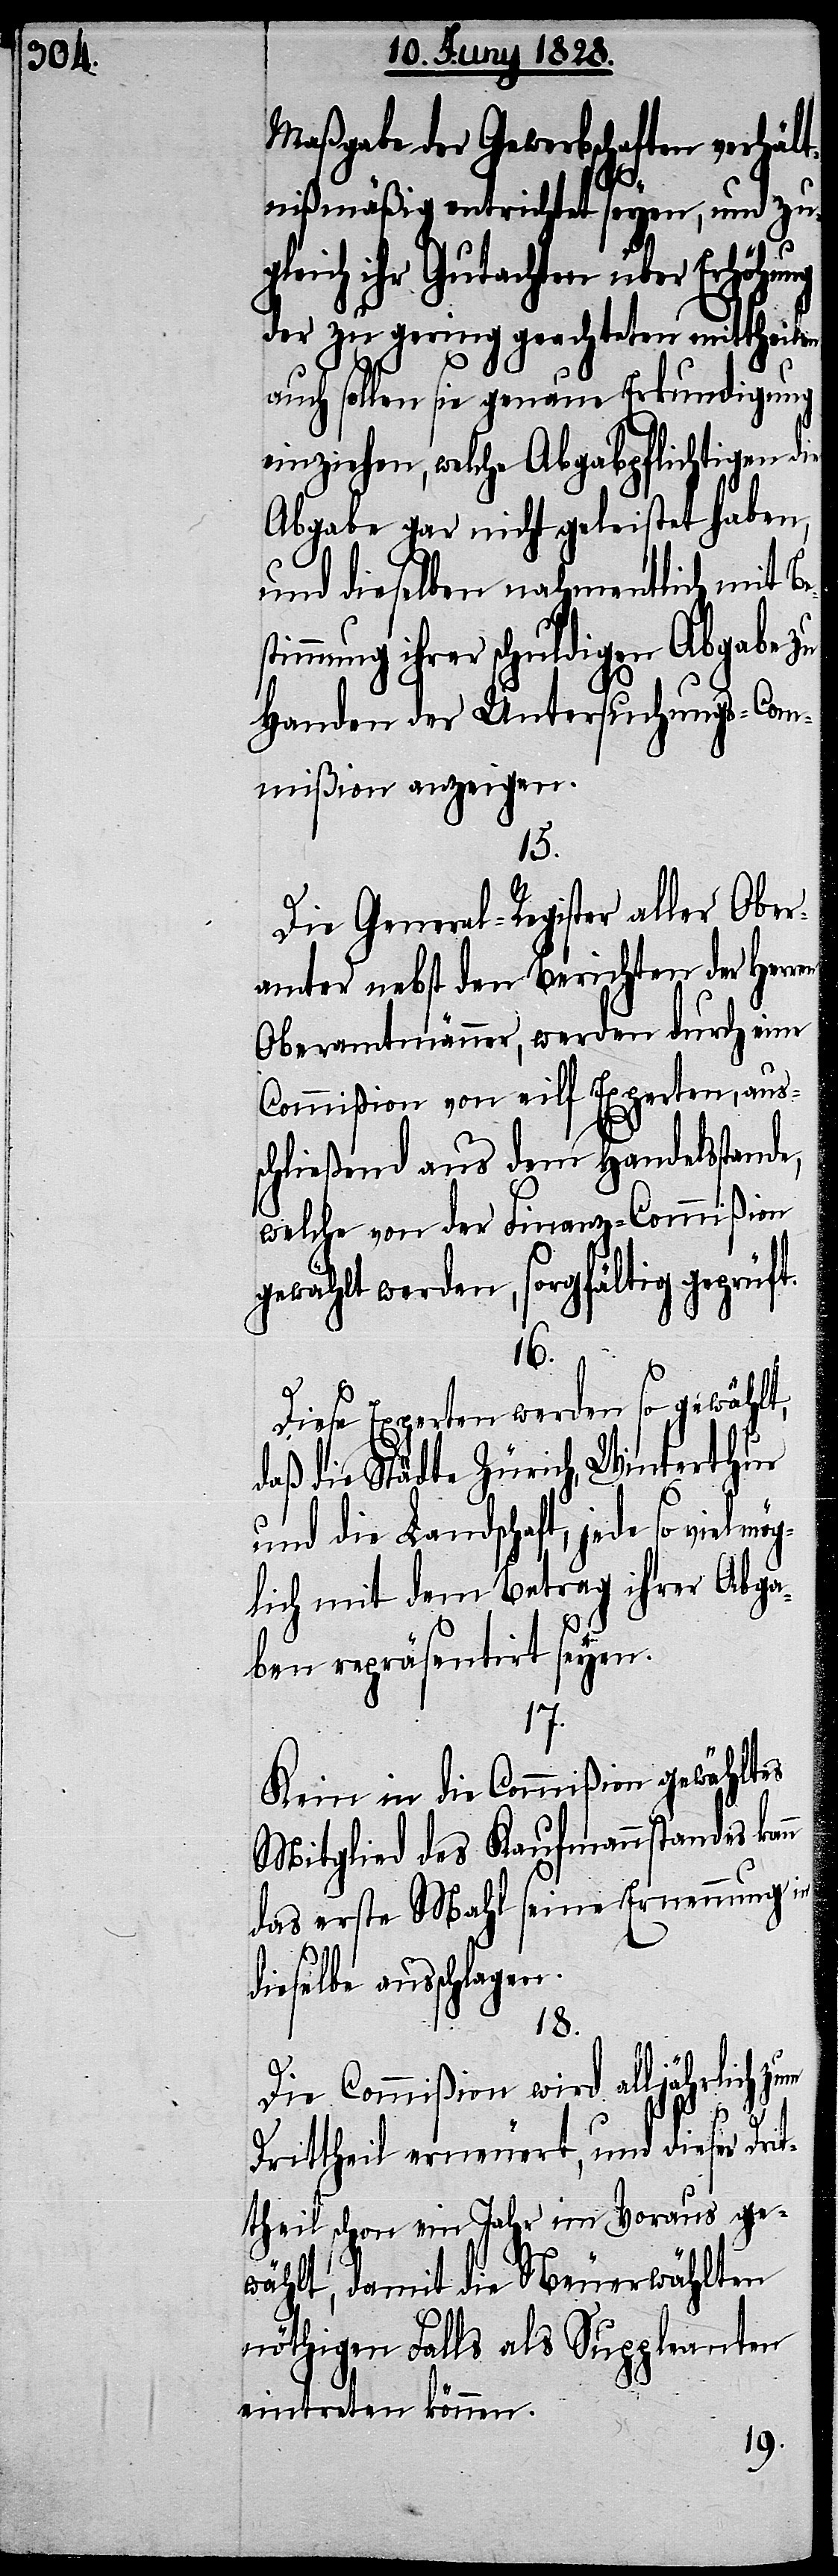
Maßgabe der Gewerbschaften verhält¬
nißmäßig entrichtet seyen, und zu¬
n
gleich ihr Gutachten über Erhörung
der zu gering geachteten mittheilen,
auch sollen sie genaue Erkundigung
einziehen, welche Abgabpflichtigen
Abgabe gar nicht geleistet haben,
und dieselben nahmentlich mit Be¬
immung ihrer schuldigen Abgabe zu
Handen der Untersuchungs-Com¬
mißion anzeigen.
15.
Die General-Register aller Ober¬
amter nebst den Berichten der Herren
Oberamtmänner, werden durch eine
Commißion von eilf Experten, aus¬
schließend aus dem Handelsstan¬
welche von der Finanz-Commißion
gewählt werden, sorgfältig geprüft.
16.
Diese Experten werden so gewählt,
daß die Städte Zürich, Winterthur
und die Landschaft, jede so viel
lich mit dem Betrag ihrer Abga¬
ben repräsentirt seyen.
17.
Kein in die Commißion gewähltes
Mitglied des Kaufmannstandes kan¬
das erste Mahl seine Ernennung in
dieselbe ausschlagen.
18.
Die Commißion wird alljährlich zum
Drittheil erneuert, und dieser Drit¬
theil schon ein Jahr im Voraus ge¬
wählt, damit die Neuerwählten
nöthigen Falls als Suppleanten
eintreten können.